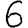
Digit: 6